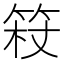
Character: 𱷿